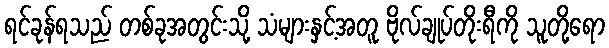
ရင်ခုန်ရသည် တစ်ခုအတွင်းသို့ သံများနှင့်အတူ ဗိုလ်ချုပ်တိုးရီကို သူတို့ရော